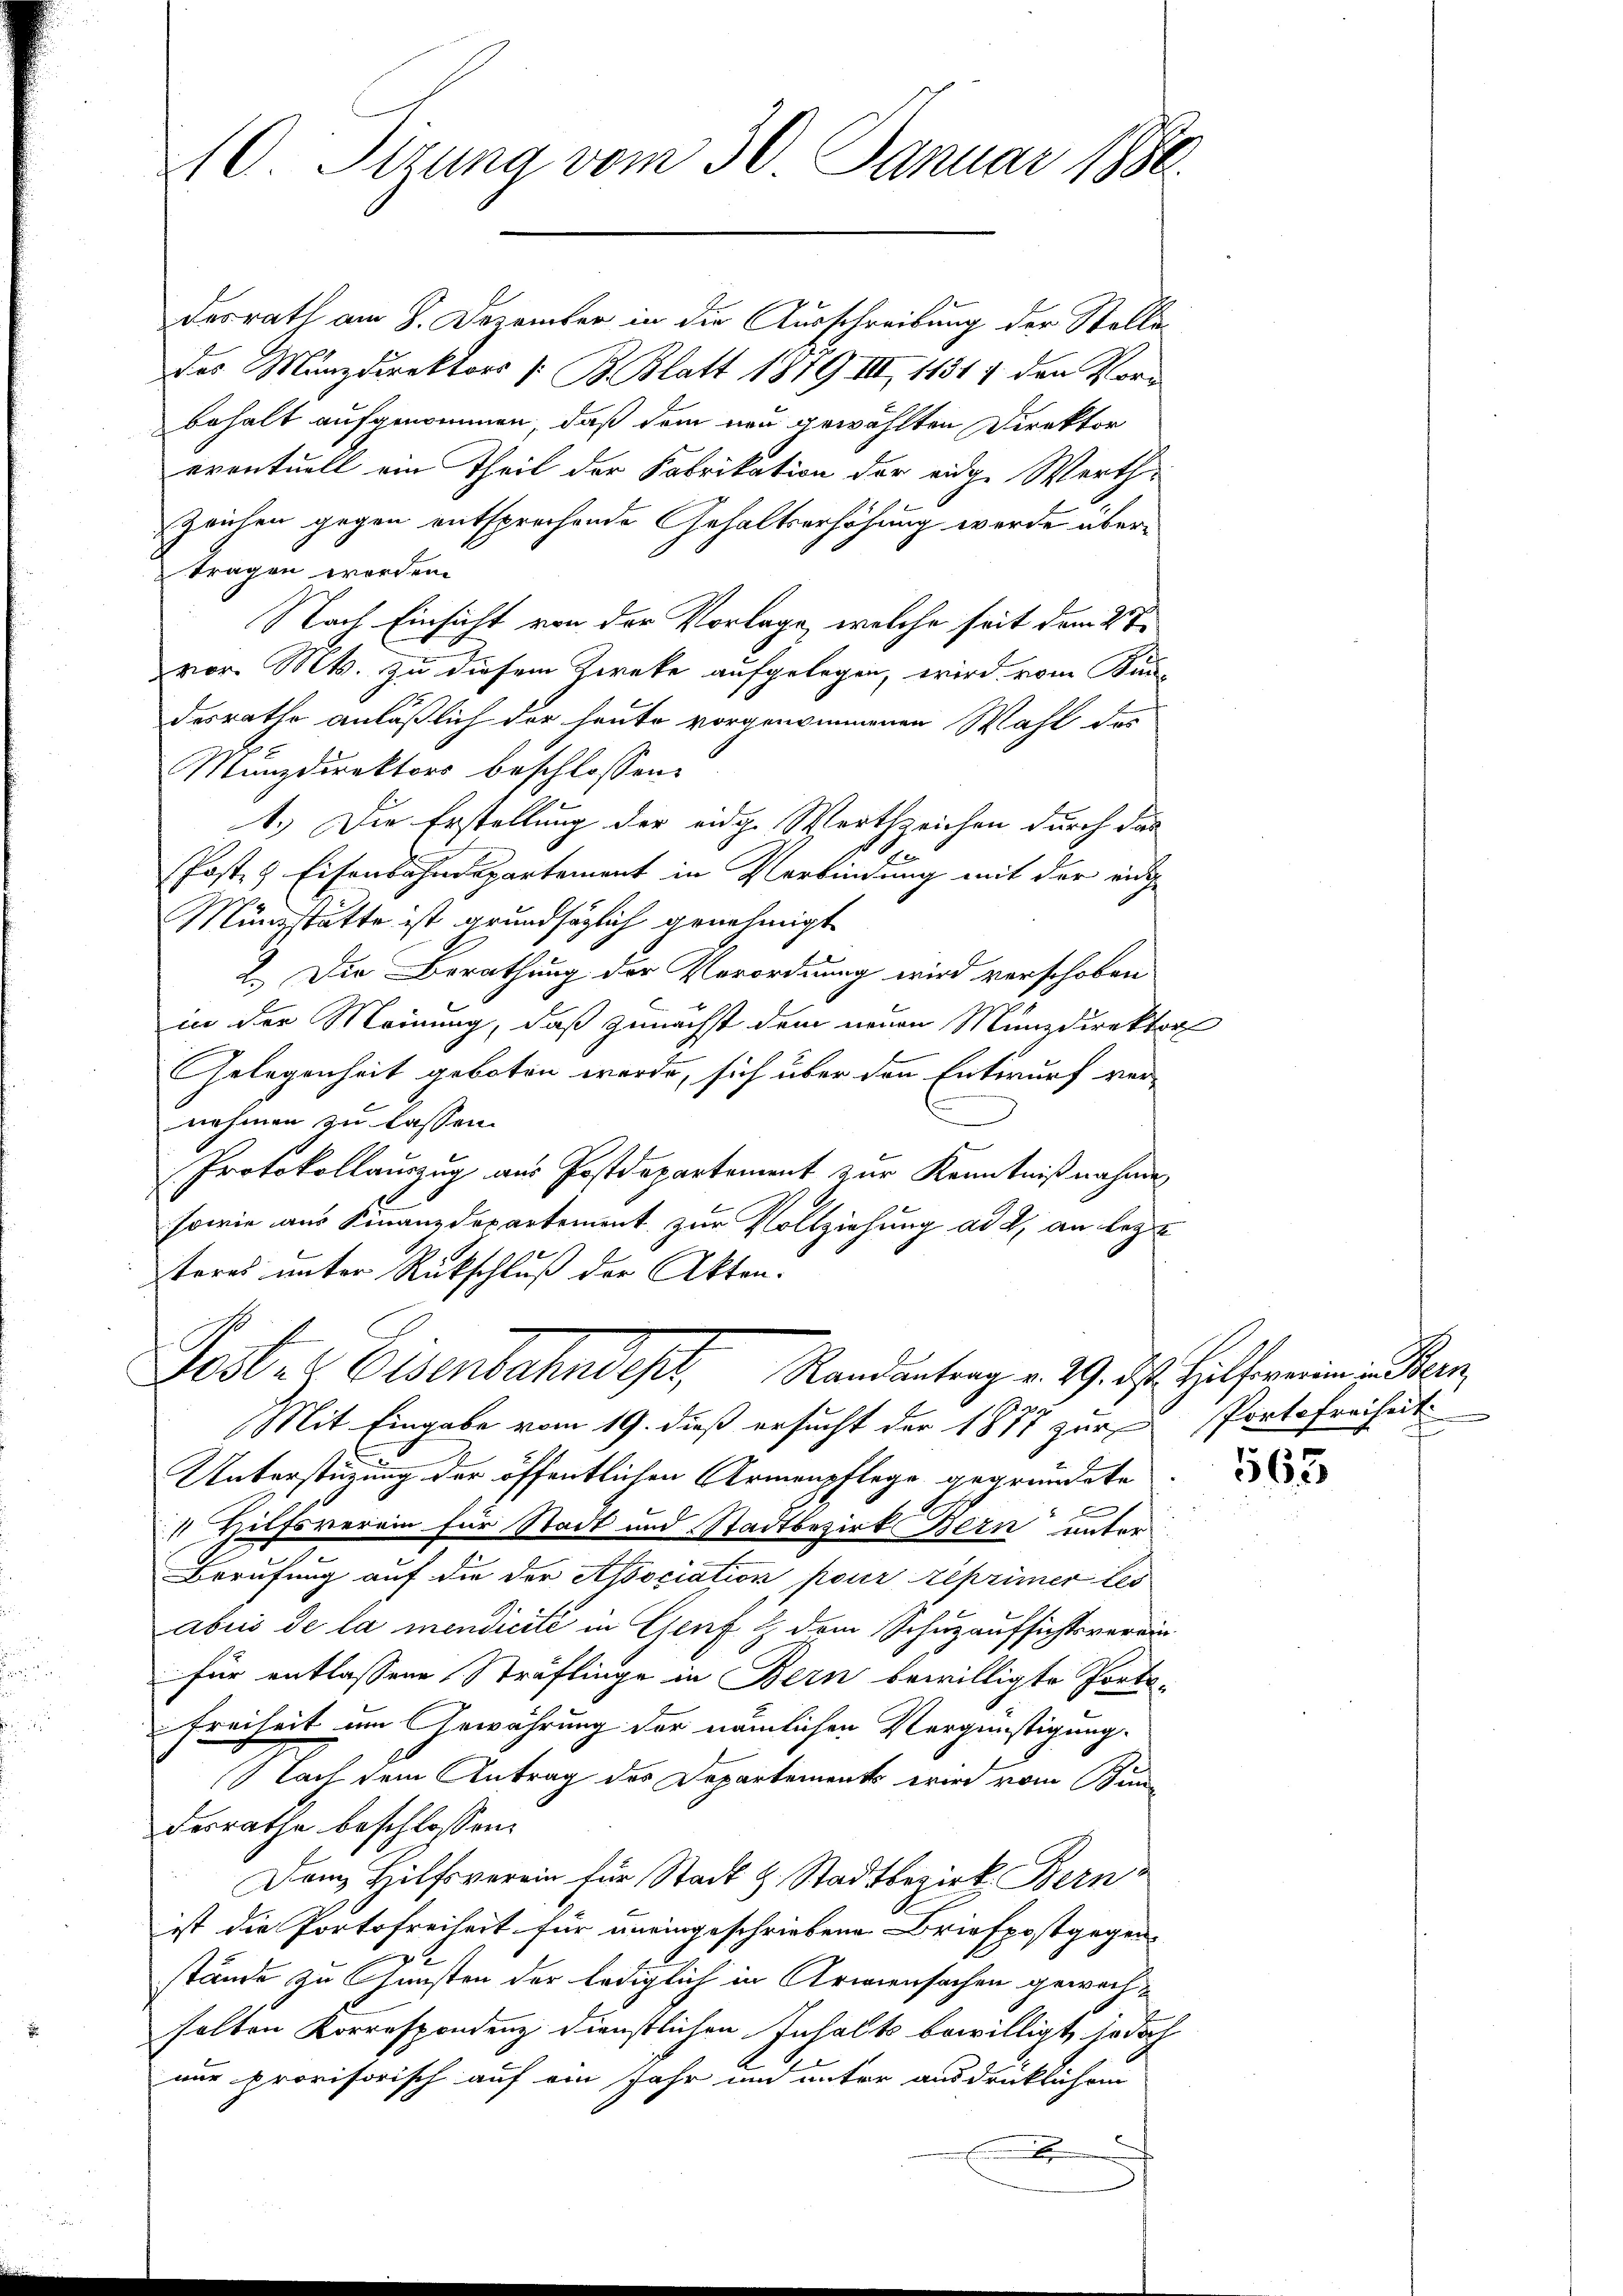
desrath am 8. Dezember in die Ausschreibung der Stelledes Münzdirektors /: B. Blatt 1879 III 11311 den Vorbehalt aufgenommen, daß dem neu gewählten Direktor
eventuell ein Theil der Fabrikation der eidge Werth-
Zeichen gegen entsprechende Gehaltserhöhung werde übertragen worden.
Nach Einsicht von der Vorlage, welche seit dem 2ten
vor. Mts. zu diesem Zieke aufgelegen, wird vom Kin-
desrathe anläßlich der heute vorgenommenen Wahl des
Manzdirektors beschlossen:
1.) Die Erstellung der eidge Wortzeichen durch das
Poste & Eisenbahndepartement in Verbindung mit der eidge
Münzstätte ist grundsätzlich genehmigt
2. Die Berathung der Verordnung wird verschoben
in der Meinung, daß zunächst dem neuen Münzdirektor
Gelegenheit geboten werde, sich über den Entwurf vernehmen zu lassen.
Protokollauszug aus Postdepartement zur Kenntnißnahmen
sowie aus Finanzdepartement zur Vollziehung ad 2, an lezte
teres unter Rückschluß der Akten.
Poste Eisenbahndisch, Randantrag v. 19. ds. Helferien in ein
a
Mit Eingabe vom 19. dieß ersucht der 1811 zur Portofreiheit
Unterstüzung der öffentlichen Armenpflege gegründete

1 Hilfsverein für Stadt und Stadtbezirk Bern unter
Berufung auf die der Association pour réprimer les
abuis de la mendicité in Genf & dem Schuzaufsichtsvereinfür entlassene Sträflinge in Bern bewilligte Porto-
Freiheit im Gewährung der nämlichen Vergünstigung.
Nach dem Antrag des Departements wird vom Bundesrathe beschlossen:
Dem Hilfsverein für Stadt & Stadtbezirk Bern
ist die Portofreiheit für uneingeschriebene Briefpostgegen-

stände zu Gunsten der lediglich in Armensachen gewechhalten Korrespondenz dienstlichen Inhalts bewilligt, jedoch
nur provisorisch auf ein Jahr und unter ausdrüklichem
E

40. Sizung vom 30. Januar 1880.

563